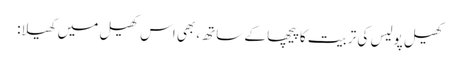
کھیل پولیس کی تربیت کا پیچھا کے ساتھ، بھی اس کھیل میں کھیلا: